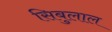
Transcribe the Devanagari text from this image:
सिबुलाल